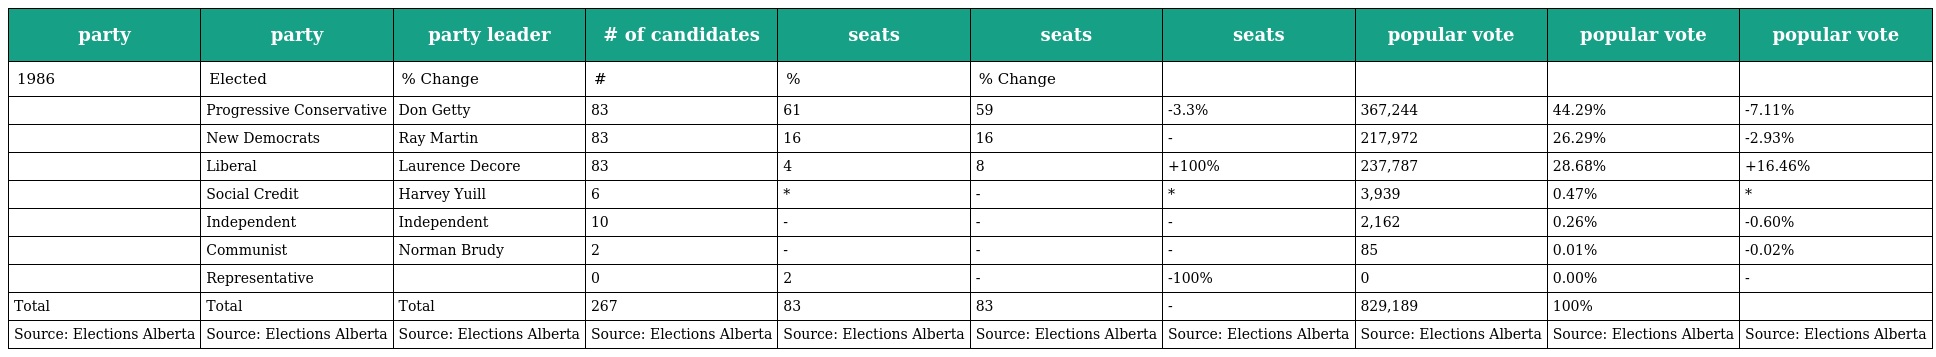
| party | party | party leader | # of candidates | seats | seats | seats | popular vote | popular vote | popular vote |
 | --- | --- | --- | --- | --- | --- | --- | --- | --- | --- |
 | 1986 | Elected | % Change | # | % | % Change |  |  |  |  |
 |  | Progressive Conservative | Don Getty | 83 | 61 | 59 | -3.3% | 367,244 | 44.29% | -7.11% |
 |  | New Democrats | Ray Martin | 83 | 16 | 16 | - | 217,972 | 26.29% | -2.93% |
 |  | Liberal | Laurence Decore | 83 | 4 | 8 | +100% | 237,787 | 28.68% | +16.46% |
 |  | Social Credit | Harvey Yuill | 6 | * | - | * | 3,939 | 0.47% | * |
 |  | Independent | Independent | 10 | - | - | - | 2,162 | 0.26% | -0.60% |
 |  | Communist | Norman Brudy | 2 | - | - | - | 85 | 0.01% | -0.02% |
 |  | Representative |  | 0 | 2 | - | -100% | 0 | 0.00% | - |
 | Total | Total | Total | 267 | 83 | 83 | - | 829,189 | 100% |  |
 | Source: Elections Alberta | Source: Elections Alberta | Source: Elections Alberta | Source: Elections Alberta | Source: Elections Alberta | Source: Elections Alberta | Source: Elections Alberta | Source: Elections Alberta | Source: Elections Alberta | Source: Elections Alberta |